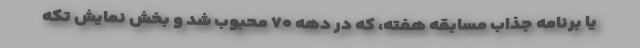
یا برنامه جذاب مسابقه هفته، که در دهه ۷۰ محبوب شد و بخش نمایش تکه